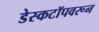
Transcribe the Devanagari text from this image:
डेस्कटॉपवरून